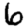
Digit: 6